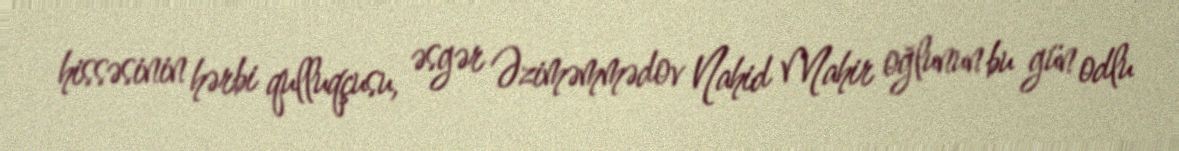
hissəsinin hərbi qulluqçusu, əsgər Əziməmmədov Nahid Mahir oğlunun bu gün odlu